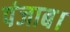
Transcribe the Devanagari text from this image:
पंजाब।